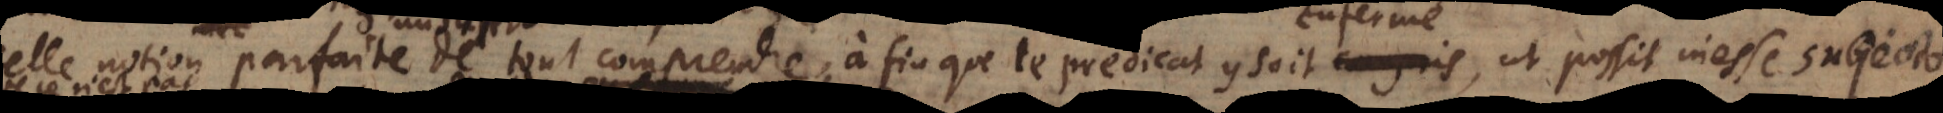
telle notion parfaite de tout comprendre, mais à... soit compris, ut possit inesse subjecto,